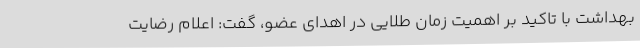
بهداشت با تاکید بر اهمیت زمان طلایی در اهدای عضو، گفت: اعلام رضایت